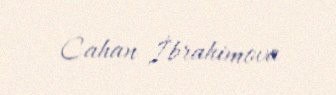
Cahan İbrahimova